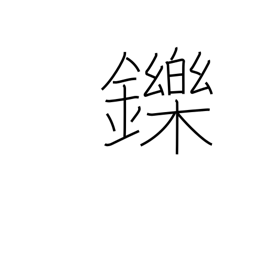
Meaning: be charmed